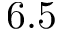
6 . 5